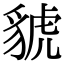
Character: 䝞